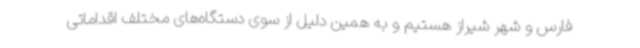
فارس و شهر شیراز هستیم و به همین دلیل از سوی دستگاه‌های مختلف اقداماتی